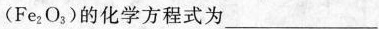
(Fe_{2}O_{3})的化学方程式为___